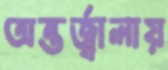
অন্তর্জ্বালায়